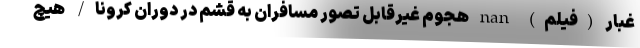
غبار (فیلم) nan هجوم غیرقابل تصور مسافران به قشم در دوران کرونا/ هیچ